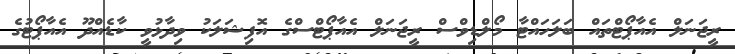
ރީޖަނަލް އެއާޕޯޓްތައް ބަލަހައްޓާ މޯލްޑިވްސް ރީޖަނަލް އެއާޕޯޓްސްގެ އޮފިޝަލަކު ވިދާޅުވީ ކާޑެއްދޫ އެއާޕޯޓުގެ